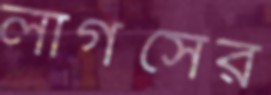
লার্গসের